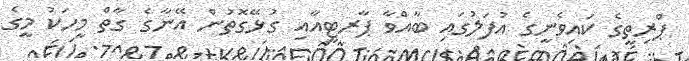
ޕްރިތީގެ ކައިވެނީގެ އުފަލުގައި ބާއްވާ ޕާރޓީއާއި ގުޅޭގޮތުން އޭނާގެ ގާތް މީހަކު މީގެ